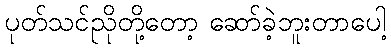
ပုတ်သင်ညိုတို့တော့ ဆော်ခဲ့ဘူးတာပေါ့